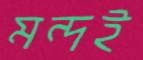
মন্দই